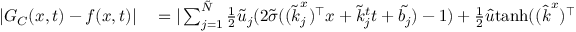
\begin{array} { r l } { | G _ { C } ( \boldsymbol { x } , t ) - f ( \boldsymbol { x } , t ) | } & { { } = | \sum _ { j = 1 } ^ { \tilde { N } } \frac { 1 } { 2 } \tilde { u } _ { j } ( 2 \tilde { \sigma } ( ( \boldsymbol { \tilde { k } } _ { j } ^ { x } ) ^ { \top } \boldsymbol { x } + \tilde { k } _ { j } ^ { t } t + \tilde { b _ { j } } ) - 1 ) + \frac { 1 } { 2 } \hat { u } \mathrm { t a n h } ( ( \boldsymbol { \hat { k } } ^ { x } ) ^ { \top } \boldsymbol { x } + \hat { k } ^ { t } t + \hat { b } ) - f ( \boldsymbol { x } , t ) | } \end{array}